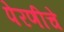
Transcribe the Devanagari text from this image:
पेरणीचे